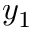
y _ { 1 }